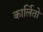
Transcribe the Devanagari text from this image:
कार्लितो